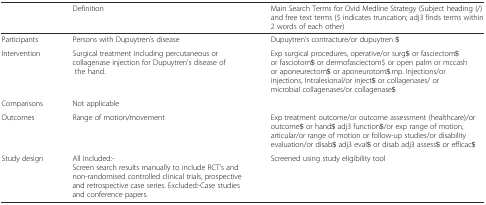
|  | Definition | Main Search Terms for Ovid Medline Strategy (Subject heading (/) and free text terms ($ indicates truncation; adj3 finds terms within 2 words of each other) |
 | --- | --- | --- |
 | Participants | Persons with Dupuytren’s disease | Dupuytren’s contracture/or dupuytren $ |
 | Intervention | Surgical treatment including percutaneous or collagenase injection for Dupuytren's disease of the hand. | Exp surgical procedures, operative/or surg$ or fasciectom$ or fasciotom$ or dermofasciectom$ or open palm or mccash or aponeurectom$ or aponeurotom$.mp. Injections/or injections, Intralesional/or inject$ or collagenases/ or microbial collagenases/or collagenase$ |
 | Comparisons | Not applicable |  |
 | Outcomes | Range of motion/movement | Exp treatment outcome/or outcome assessment (healthcare)/or outcome$ or hand$ adj3 function$/or exp range of motion, articular/or range of motion or follow-up studies/or disability evaluation/or disab$ adj3 eval$ or disab adj3 assess$ or efficac$ |
 | Study design | All Included:-Screen search results manually to include RCT’s and non-randomised controlled clinical trials, prospective and retrospective case series. Excluded:-Case studies and conference papers. | Screened using study eligibility tool |